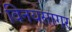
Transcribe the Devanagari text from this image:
विनयसागर